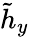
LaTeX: \tilde{h}_{y}